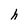
Character: h